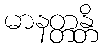
မာနတ္တန္တိ